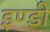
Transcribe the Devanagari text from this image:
इण्डी